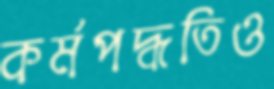
কর্মপদ্ধতিও